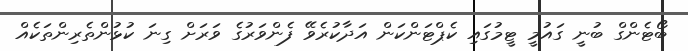
ބޯޓެންގް ބުނީ ގައުމީ ޓީމުގައި ކެޕްޓަންކަން އަދާކުރެވޭ ފެންވަރުގެ ވަރަށް ގިނަ ކުޅުންތެރިންތަކެއް